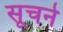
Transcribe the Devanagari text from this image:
सूचने